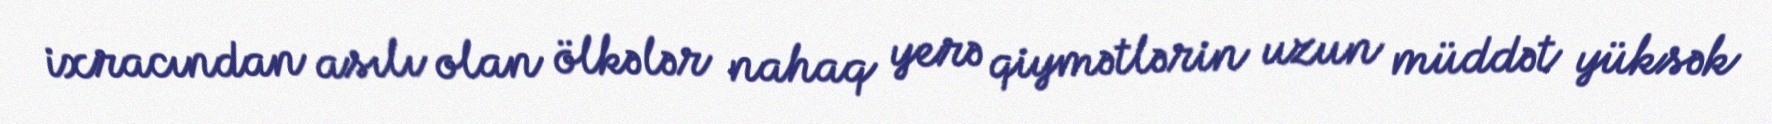
ixracından asılı olan ölkələr nahaq yerə qiymətlərin uzun müddət yüksək